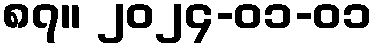
၈၇။ ၂၀၂၄-၀၁-၀၁